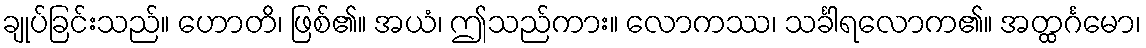
ချုပ်ခြင်းသည်။ ဟောတိ၊ ဖြစ်၏။ အယံ၊ ဤသည်ကား။ လောကဿ၊ သင်္ခါရလောက၏။ အတ္ထင်္ဂမော၊